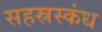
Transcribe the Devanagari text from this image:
सहस्रस्कंध